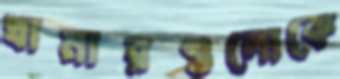
খামারগুলোকে